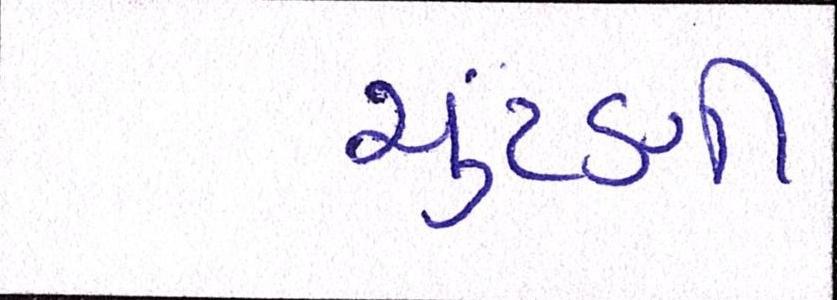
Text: ચુંટણી